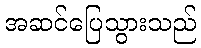
အဆင်ပြေသွားသည်